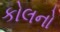
કોલનો